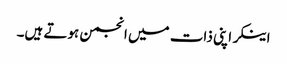
اینکر اپنی ذات میں انجمن ہوتے ہیں۔